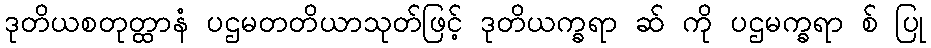
ဒုတိယစတုတ္ထာနံ ပဌမတတိယာသုတ်ဖြင့် ဒုတိယက္ခရာ ဆ် ကို ပဌမက္ခရာ စ် ပြု